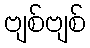
ဗျစ်ဗျစ်